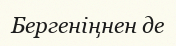
Бергеніңнен де